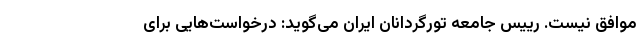
موافق نیست. رییس جامعه تورگردانان ایران می‌گوید: درخواست‌هایی برای